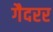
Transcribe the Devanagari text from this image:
गैदरर